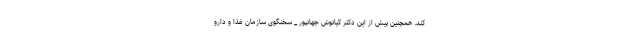
کند. همچنین پیش از این دکتر کیانوش جهانپور _ سخنگوی سازمان غذا و دارو